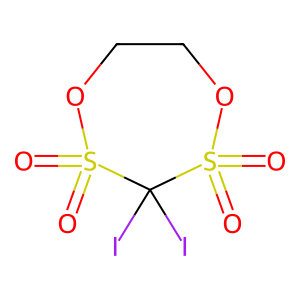
SMILES: O=S1(=O)OCCOS(=O)(=O)C1(I)I
Inhibits HIV replication: No